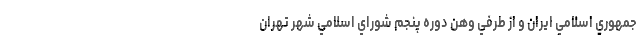
جمهوري اسلامي ايران و از طرفي وهن دوره پنجم شوراي اسلامي شهر تهران